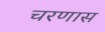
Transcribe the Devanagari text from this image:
चरणास